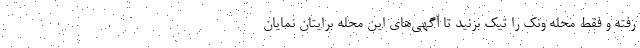
رفته و فقط محله ونک را تیک بزنید تا آگهی‌های این محله برایتان نمایان